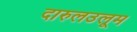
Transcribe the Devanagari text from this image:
दारुलउलूम